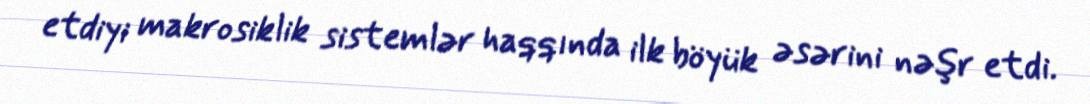
etdiyi makrosiklik sistemlər haqqında ilk böyük əsərini nəşr etdi.